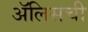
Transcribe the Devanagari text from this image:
ॲलिसची